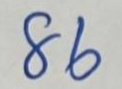
86